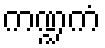
ကဏ္ဍကံ